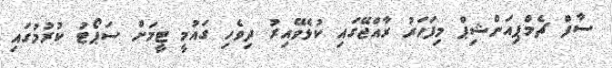
ސާފް ޗެމްޕިއަންޝިޕް މިފަހަރު ރާއްޖޭގައި ކުޅެވޭއިރު ދިވެހި ގައުމީ ޓީމަށް ސަޕޯޓު ކުރުމުގައި